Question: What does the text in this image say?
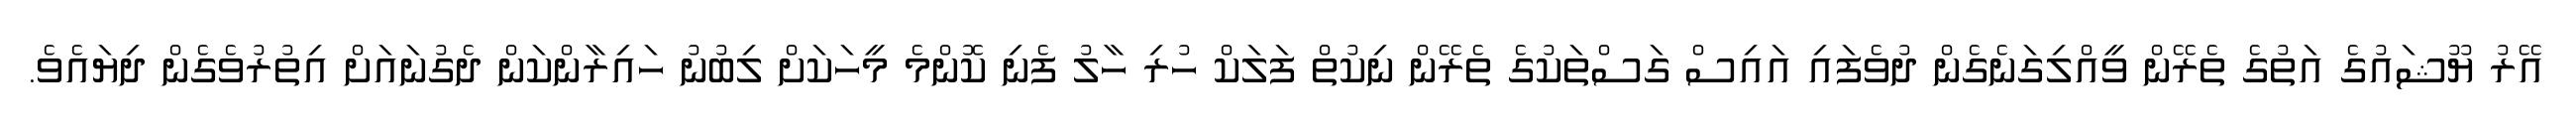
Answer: އޭރު ޔޫޝައުގެ އަތުގެ ތެރޭން ވީއްލިގަނެގެން ދުވެފައި އައިސް ގަސްތަކުގެ ތެރޭން ނިކުތް ފަލަކް ހުރި ހާލު ފެނި ކޮންމެ މީހަކަށް ލިބުނު ހައިރާންކަން ދެގުނައަށް އިތުރުވެގެން ދިޔައެވެ.